Report of an outbreak of cholera in Suhutwar, Bulliah sub-division
Disease focus: Cholera
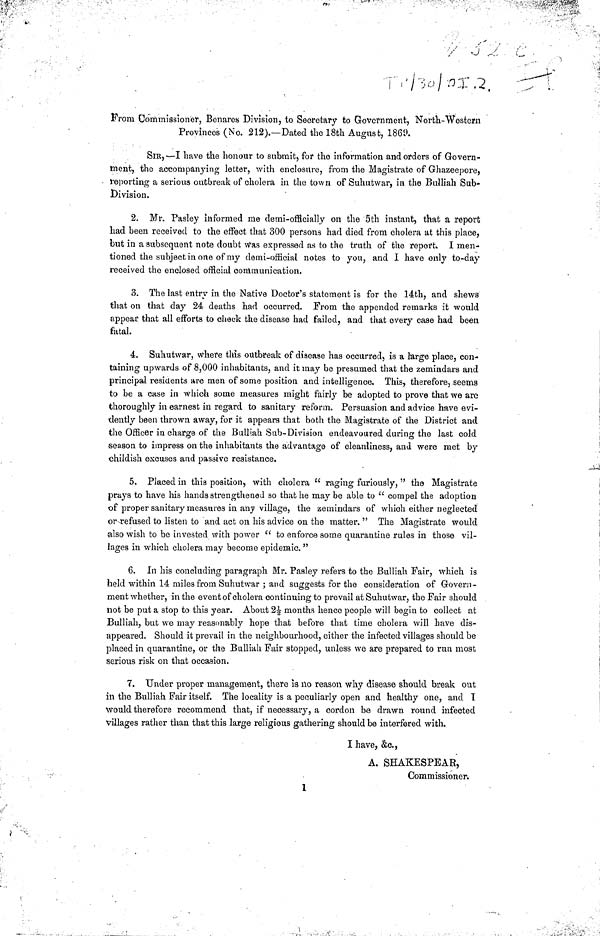
From Commissioner, Benares Division, to Secretary to Government, North-Western
Provinces (No. 212).—Dated the 18th August, 186Ì).
SIR,—I bave the honour to submit, for the information and orders of Govern-
ment, the accompanying letter, with enclosure, from the Magistrate of Ghazeepore,
reporting a serious outbreak of cholera in the town of Suhutwar, in the Bulliah Sub-
Division.
2. Mr. Pasley informed me demi-oiSeially on the 5th instant, that a report
had been received to the effect that 300 persons had died from cholera at this place,
but in a subsequent note doubt was expressed as to the truth of the report, I men-
tioned the subject in one of my demi-official notes to you, and I have only to-day
received the enclosed official communication.
3. The last entry in the Native Doctor's statement is for the 14th, and shews
that on that day 24 deaths had occurred. From the appended remarks it would
appear that all efforts to check the disease had failed, and that every case had been
fatal.
4. Suhutwar, where this outbreak of disease has occurred, is a large place, con-
taining upwards of 8,000 inhabitants, and it may be presumed that the zemindars and
principal residents are men of some position and intelligence. This, therefore, seems
to be a case in which some measures might fairly be adopted to prove that we are
thoroughly in earnest in regard to sanitary reform. Persuasion and advice have evi-
dently been thrown away, for it appears that both the Magistrate of the District and
the Officer in charge of the Bulliah Sub-Division endeavoured during the last cold
season to impress on the inhabitants the advantage of cleanliness, and were met by
childish excuses and passive resistance.
5. Placed in this position, with cholera "raging furiously, "the Magistrate
prays to have his hands strengthened so that he may be able to "compel the adoption
of proper sanitary measures in any village, the zemindars of which either neglected
or refused to listen to and act on his advice on the matter." The Magistrate would
also wish to be invested with power "to enforce some quarantine rules in those vil-
lages in which cholera may become epidemic."
6. In his concluding paragraph Mr. Pasley refers to the Bulliah Fair, which is
held within 14 miles from Suhutwar ; and suggests for the consideration of Govern-
ment whether, in the e vent of cholera continuing to prevail at Suhutwar, the Fair should
not be put a stop to this year. About 2½ months hence people will begin to collect at
Bulliah, but we may reasonably hope that before that time cholera will have dis-
appeared. Should it prevail in the neighbourhood, either the infected villages should be
placed in quarantine, or the Bulliah Fair stopped, unless we are prepared to run most
serious risk on that occasion.
7. Under proper management, there is ilo reason why disease should break out
in the Bulliah Fair itself. The locality is a peculiarly open and healthy one, and I
would therefore recommend that, if necessary, a cordon be drawn round infected
villages rather than that this large religious gathering should be interfered wifch.
I have, &c.,
A. SHAKESPEAR,
Commissioner.
1